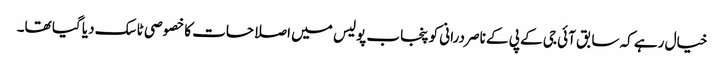
خیال رہے کہ سابق آئی جی کے پی کے ناصر درانی کو پنجاب پولیس میں اصلاحات کا خصوصی ٹاسک دیا گیا تھا۔